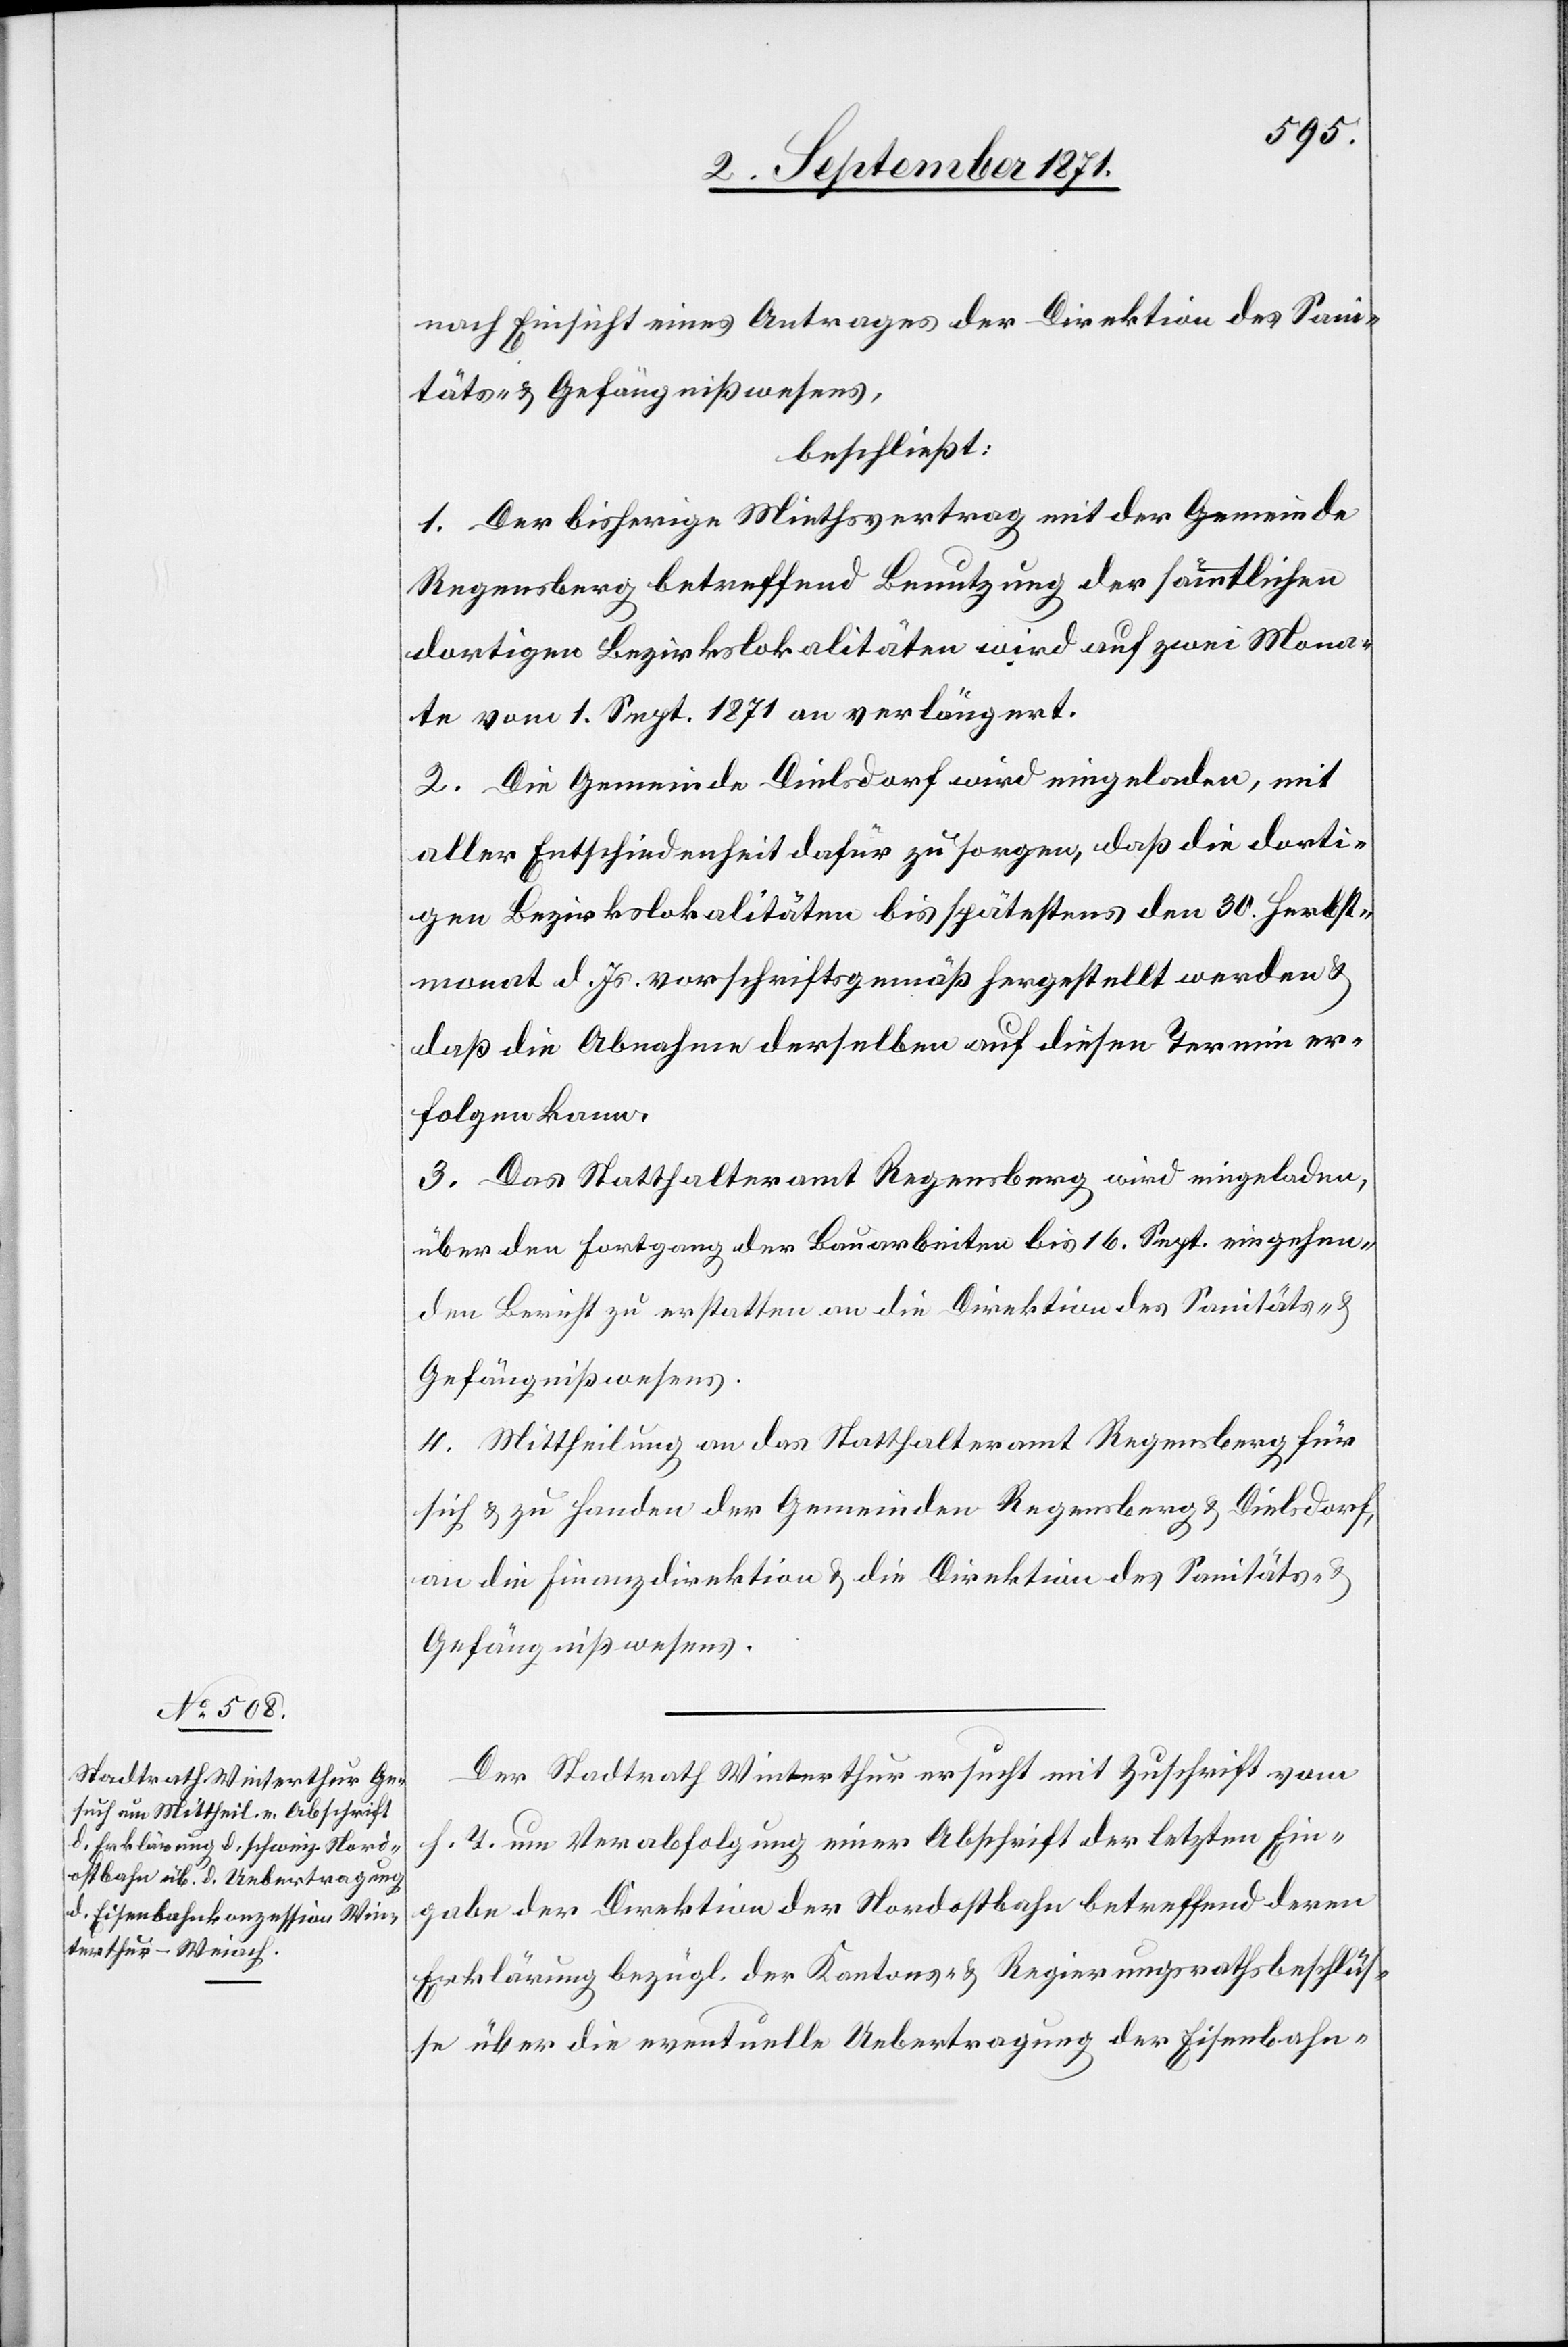
4. September 1871.]
nach Einsicht eines Antrages der Direktion des Sani¬
täts- & Gefängnißwesens,
beschließt:
1. Der bisherige Mietvertrag mit der Gemeinde
Regensberg betreffend Benutzung der sämmtlichen
dortigen Bezirkslokalitäten wird auf zwei Mona¬
te vom 1. Sept. 1871 an verlängert.
2. Die Gemeinde Dielsdorf wird eingeladen, mit
aller Entschiedenheit dafür zu sorgen, daß die dorti¬
gen Bezirkslokalitäten bis spätestens den 30. Herbst¬
monat d. Js. vorschriftsgemäß hergestellt werden &
daß die Abnahme derselben auf diesen Termin er¬
folgen kann.
3. Das Statthalteramt Regensberg wird eingeladen,
über den Fortgang der Bauarbeiten bis 16. Sept. eingehen¬
den Bericht zu erstatten an die Direktion des Sanitäts-
Gefängnißwesens.
4. Mittheilung an das Statthalteramt Regensberg für
sich & zu Handen der Gemeinden Regensberg & Dielsdorf,
an die Finanzdirektion & die Direktion des Sanitäts- &
Der Stadtrath Winterthur ersucht mit Zuschrift vom
h. T. um Verabfolgung einer Abschrift der letzten Ein¬
gabe der Direktion der Nordostbahn betreffend deren
Erklärung bezügl. des Kantons- & Regierungsrathsbeschlus¬
ses über die eventuelle Uebertragung der Eisenbahn-